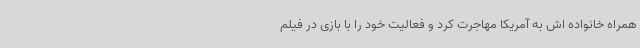
همراه خانواده اش به آمریکا مهاجرت کرد و فعالیت خود را با بازی در فیلم